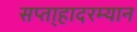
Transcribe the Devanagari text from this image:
सप्ता्हादरम्यान